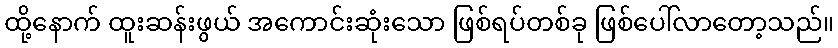
ထို့နောက် ထူးဆန်းဖွယ် အကောင်းဆုံးသော ဖြစ်ရပ်တစ်ခု ဖြစ်ပေါ်လာတော့သည်။